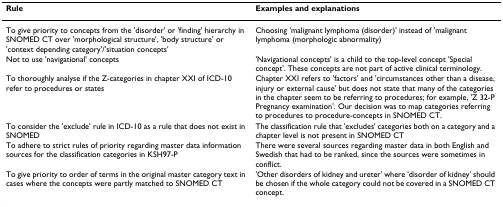
<table><thead><tr><td><b>Rule</b></td><td><b>Examples and explanations</b></td></tr></thead><tbody><tr><td>To give priority to concepts from the &#x27;disorder&#x27; or &#x27;finding&#x27; hierarchy in SNOMED CT over &#x27;morphological structure&#x27;, &#x27;body structure&#x27; or &#x27;context depending category&#x27;/&#x27;situation concepts&#x27;</td><td>Choosing &#x27;malignant lymphoma (disorder)&#x27; instead of &#x27;malignant lymphoma (morphologic abnormality)</td></tr><tr><td>Not to use &#x27;navigational&#x27; concepts</td><td>&#x27;Navigational concepts&#x27; is a child to the top-level concept &#x27;Special concept&#x27;. These concepts are not part of active clinical terminology.</td></tr><tr><td>To thoroughly analyse if the Z-categories in chapter XXI of ICD-10 refer to procedures or states</td><td>Chapter XXI refers to &#x27;factors&#x27; and &#x27;circumstances other than a disease, injury or external cause&#x27; but does not state that many of the categories in the chapter seem to be referring to procedures; for example, &#x27;Z 32-P Pregnancy examination&#x27;. Our decision was to map categories referring to procedures to procedure-concepts in SNOMED CT.</td></tr><tr><td>To consider the &#x27;exclude&#x27; rule in ICD-10 as a rule that does not exist in SNOMED</td><td>The classification rule that &#x27;excludes&#x27; categories both on a category and a chapter level is not present in SNOMED CT</td></tr><tr><td>To adhere to strict rules of priority regarding master data information sources for the classification categories in KSH97-P</td><td>There were several sources regarding master data in both English and Swedish that had to be ranked, since the sources were sometimes in conflict.</td></tr><tr><td>To give priority to order of terms in the original master category text in cases where the concepts were partly matched to SNOMED CT</td><td>&#x27;Other disorders of kidney and ureter&#x27; where &#x27;disorder of kidney&#x27; should be chosen if the whole category could not be covered in a SNOMED CT concept.</td></tr></tbody></table>